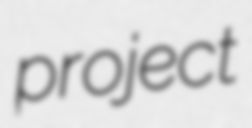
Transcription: project